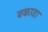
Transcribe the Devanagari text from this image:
बकाडा